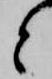
と